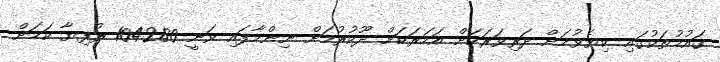
ގައުމުތަކުގައި ކިޔެވުމަށް ދަރިވަރަކަށް އަހަރަކަށް ދޫކުރުމަށް ނިންމާފައި ވަނީ 104280 ރުފިޔާ ކަމަށް